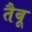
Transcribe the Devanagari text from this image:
तैबू